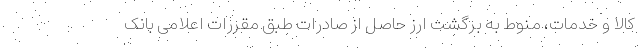
کالا و خدمات، منوط به برگشت ارز حاصل از صادرات طبق مقررات اعلامی بانک